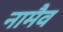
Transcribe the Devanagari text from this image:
नामैव